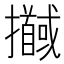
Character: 𢹖